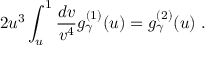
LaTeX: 2 u ^ { 3 } \int _ { u } ^ { 1 } \frac { d v } { v ^ { 4 } } g _ { \gamma } ^ { ( 1 ) } ( u ) = g _ { \gamma } ^ { ( 2 ) } ( u ) ~ .